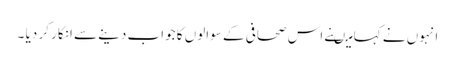
انہوں نے کہا میںنے اس صحافی کے سوالوں کا جواب دینے سے انکار کر دیا ۔